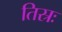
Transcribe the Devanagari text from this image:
तिस्रः